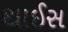
થાઈસ